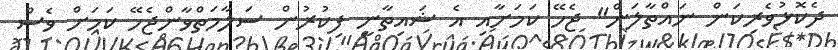
ދެކޮޅުވެރިކަން ނައްތާލަން" ޖެހޭ ކަމަށާއި އެ ޝައިތާނީ ފިކުރުން ސަލާމަތްވާންޖެހޭ ކަމަށް ވެސް